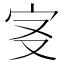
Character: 𡧕